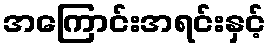
အကြောင်းအရင်းနှင့်